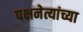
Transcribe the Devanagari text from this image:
पक्षनेत्यांच्या